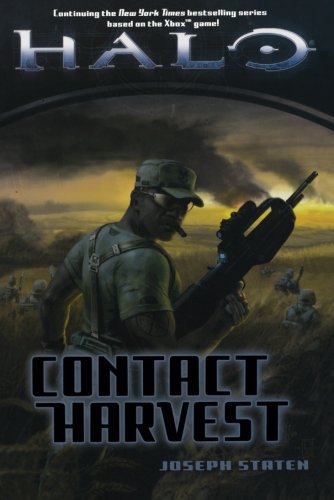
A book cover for Contact Harvest (Halo); Joseph Staten; Literature & Fiction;